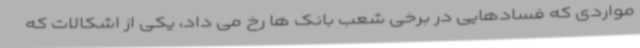
مواردی که فسادهایی در برخی شعب بانک ها رخ می داد، یکی از اشکالات که